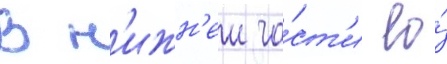
В н'ижн'еи ча́ст'и ео́